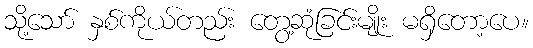
သို့သော် နှစ်ကိုယ်တည်း တွေ့ဆုံခြင်းမျိုး မရှိတော့ပေ။